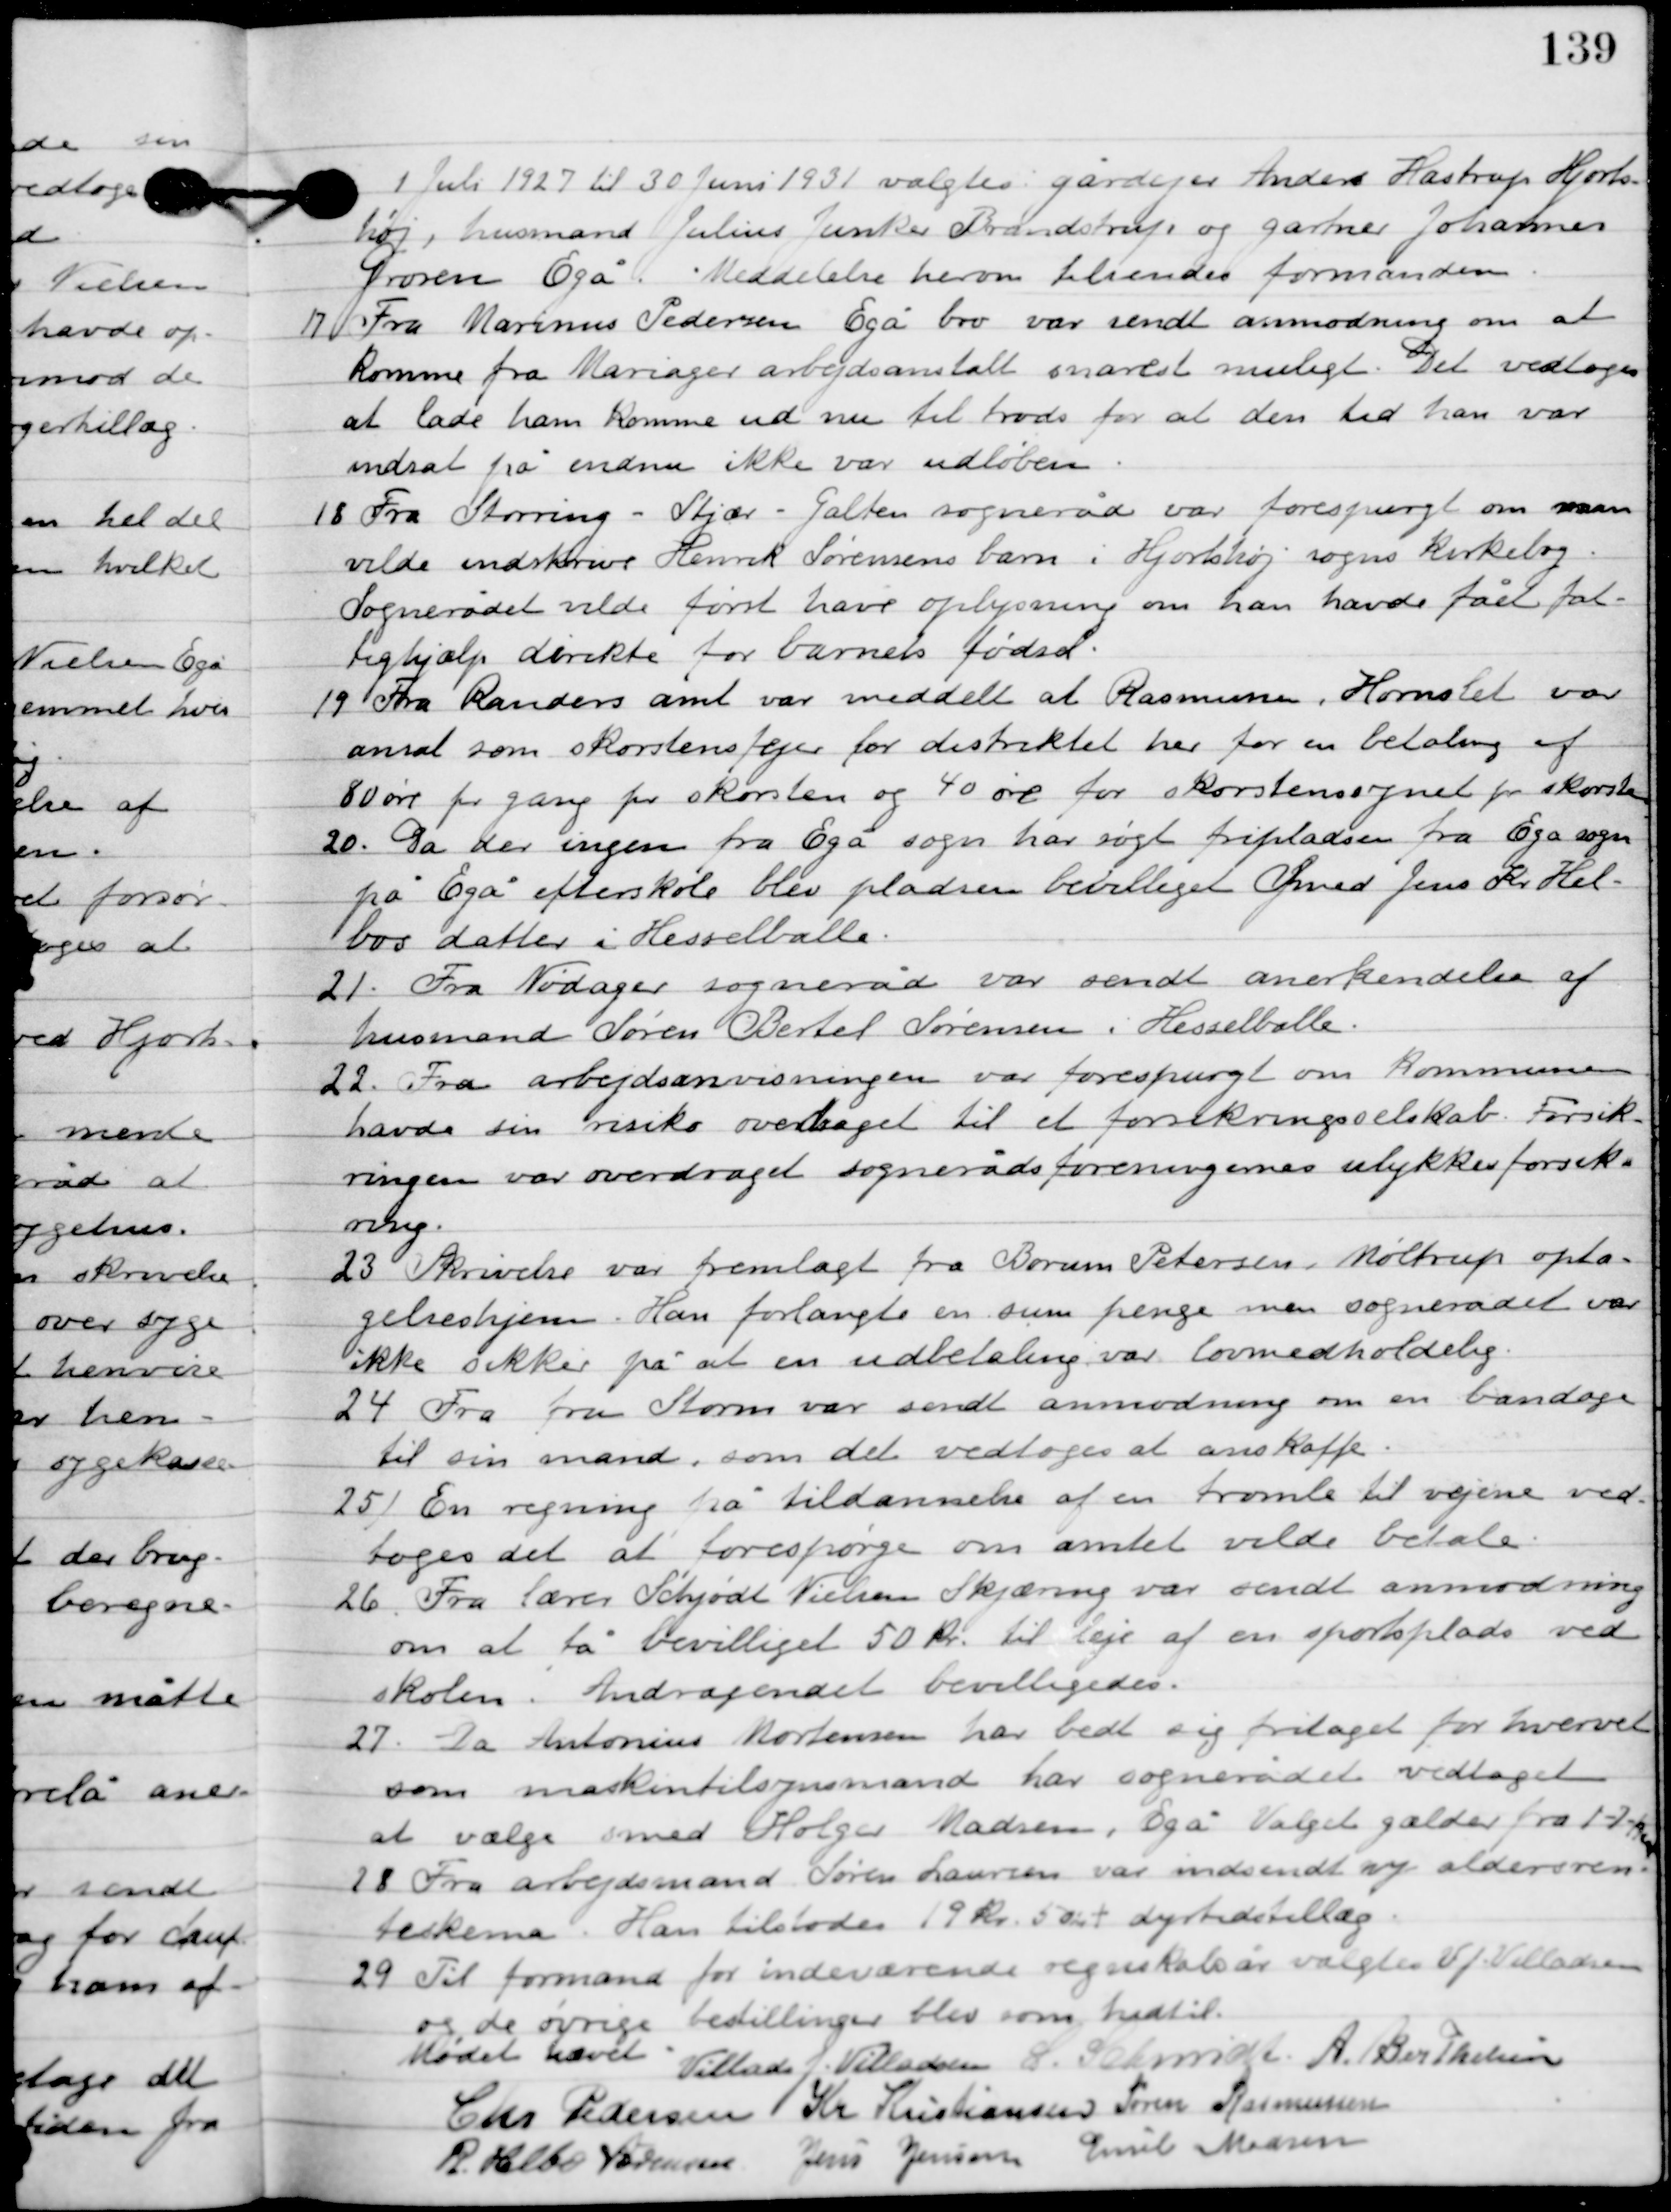
Transskription:
Juli 1927 til 30 juni 1931 valgtes gårdejer Anders Hastrup Hjorts-
høj, husmand Julius Junker Brandstrup og gartner Johannas
Grosen Egå. Meddelelse herom tilsendes formanden.

17

Fra Marinus Pedersen Egå bro var sendt anmodning om at
komme fra Mariager arbejdsanstalt snarest muligt. Det vedtoges
at lade ham komme ud nu til trods for at den tid han var
indsat på endnu ikke var udløben.

18

Fra Storing-Stjær-Galten sogneråd var forespurgt om man
vilde indskrive Henrik Sørensens barn i Hjortshøj sogns kirkebog.
Sognerådet vilde først have oplysning om han havde fået fat-
tighjælp direkte for barnets fødsel.

19.	Fra Randers amt var meddelt at Rasmussen, Hornslet var
ansat som skorstensfejer for distriktet her for en betaling af
80 øre pr. gang pr. skorsten og 40 øre for skorstensfejet pr. skorsten.

20.	Da der ingen fra Egå sogn har søgt fripladsen fra Egå sogn
på Egå efterskole blev pladsen bevilliget Svend Jens Kr. Hel-
bos datter i Hesselballe.

21.	Fra Nødager sogneråd var sendt anerkendelse af
husmand Søren Bertel Sørensen i Hesselballe.

22.	Fra arbejdsanvisningen var forespurgt om kommunen
havde sin risiko overtaget til et forsikringsselskab. Forsik-
ringen var overdraget sognerådsforeningens ulykkesforsik-
ring.

23

Skrivelse var fremlagt fra Borum Petersen-Møltrup opta-
gelseshjem. Han forlangte en sum penge men sognerådet var
ikke sikker på at en udbetaling var lovmedholdelig.

24

Fra fru Storm var sendt anmodning om en bandage
til sin mand, som det vedtoges at anskaffe.

25

En regning på tildannelse af en tromle til vejene ved-
toges det at forespørge om amtet vilde betale.

26

Fra lærer Schjødt Nielsen, Skjæring var sendt anmodning
om at få bevilliget 50 kr. til leje af en sportsplads ved
skolen. Andragendet bevilligedes.

27

Da Antonius Mortensen har bedt sig firtaget for hvervet 
som maskintilsynsmand har sognerådet vedtaget 
at vælge smed Holger Madsen, Egå. Valget gælder fra 1-7-

28

Fra arbejdsmand Søren Laursen var indsendt sin aldersren-
teskema. Han tilstodes 19 kr. 50 øre + dyrtidstillæg.

29.	Til formand for indeværende regnskabsår valgtes V. J. Villadsen
og de øvrige bestillinger blev som hidtil.

Mødet hævet.

Villads J. Villadsen
I. Schmidt
A. Berthelsen
Chr. Pedersen
Kr. Kristiansen
Søren Rasmussen
R. Helbo Sørensen
Jens Jensen
Emil Madsen